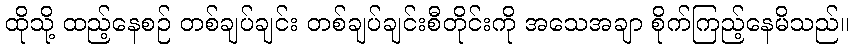
ထိုသို့ ထည့်နေစဉ် တစ်ချပ်ချင်း တစ်ချပ်ချင်းစီတိုင်းကို အသေအချာ စိုက်ကြည့်နေမိသည်။